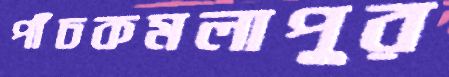
পাঁচকমলাপুর